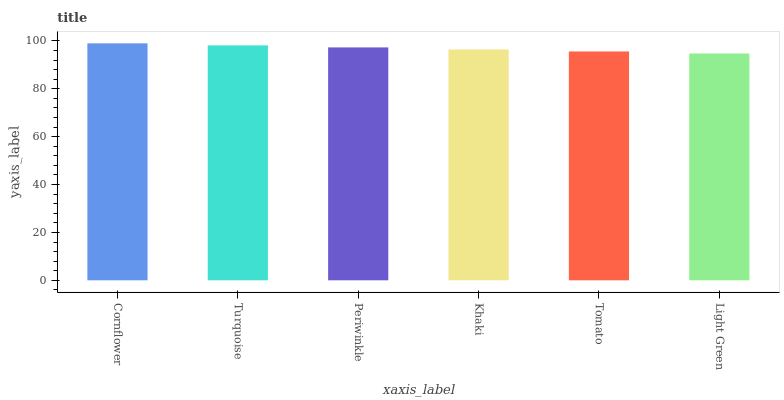
| xaxis_label | bars |
 | --- | --- |
 | Cornflower | 99 |
 | Turquoise | 98.2 |
 | Periwinkle | 97.3 |
 | Khaki | 96.5 |
 | Tomato | 95.6 |
 | Light Green | 94.8 |